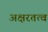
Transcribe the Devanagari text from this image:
अक्षरतत्व